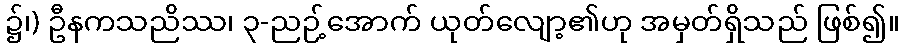
၌၊) ဦနကသညိဿ၊ ၃-ညဉ့်အောက် ယုတ်လျော့၏ဟု အမှတ်ရှိသည် ဖြစ်၍။